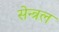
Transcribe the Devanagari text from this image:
सेन्त्रल